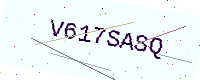
Text: V617SASQ